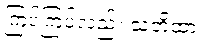
ကြပ်ကြပ်လည်း သတိထား